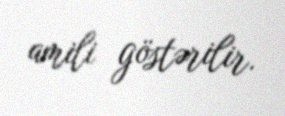
amili göstərilir.